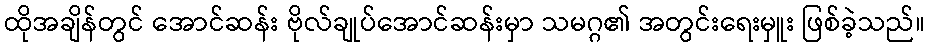
ထိုအချိန်တွင် အောင်ဆန်း ဗိုလ်ချုပ်အောင်ဆန်းမှာ သမဂ္ဂ၏ အတွင်းရေးမှူး ဖြစ်ခဲ့သည်။